Annual report on the health of the army in India
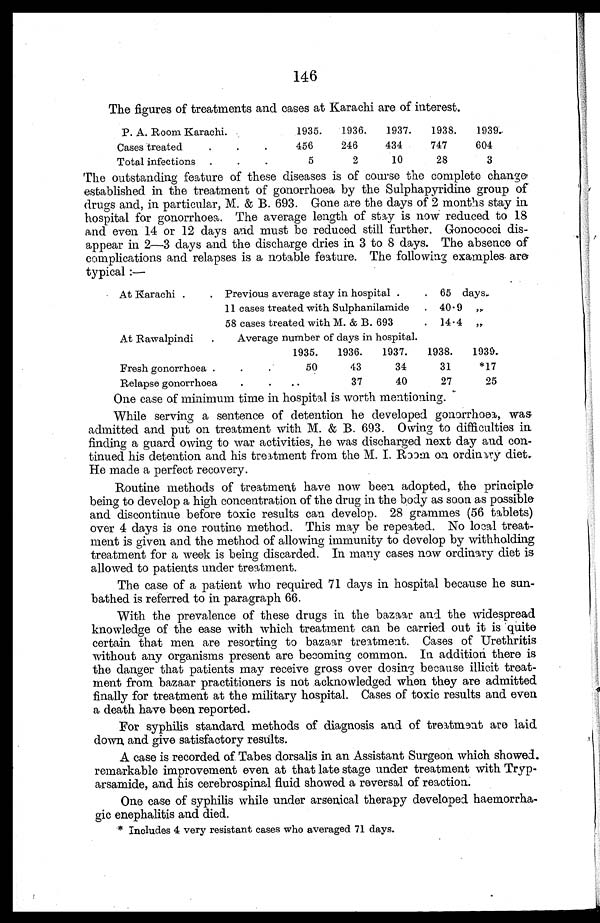
146
The figures of treatments and cases at Karachi are of interest.
P. A. Room Karachi . . .
1935.
1936.
1937.
1938.
1939.
Cases treated . . .
456
246
434
747
604
Total infections . . .
5
2
10
28
3
The outstanding feature of these diseases is of course the complete change
established in the treatment of gonorrhoea by the Sulphapyridine group of
drugs and, in particular, M. & B. 693. Gone are the days of 2 months stay in
hospital for gonorrhoea. The average length of stay is now reduced to 18
and even 14 or 12 days and must be reduced still further. Gonococci dis
-appear in 2—3 days and the discharge dries in 3 to 8 days. The absence of
complications and relapses is a notable feature. The following examples are
typical :—
At Karachi . . . Previous average stay in hospital . . . 65 days.
11 cases treated with Sulphanilamide . . . 40. 9 "
58 cases treated with M. & B. 693. . . 14.4 „
At Rawalpindi . . .
Average number of days in hospital.
1935.
1936.
1937.
1938.
1939.
Fresh gonorrhoea . . .
50
43
34
31
*17
Relapse gonorrhoea. . .
37
40
27
25
One case of minimum time in hospital is worth mentioning.
While serving a sentence of detention he developed gonorrhoea, was
admitted and put on treatment with M. & B. 693. Owing to difficulties in
finding a guard owing to war activities, he was discharged next day and con
- t i n u e d h i s d e t e n t i o n a n d h i s t r e a t m e n t f r o m t h e M . I .R
o o m
o n o r d i n a r y d i e t .
He made a perfect recovery.
Routine methods of treatment have now been adopted, the principle
being to develop a high concentration of the drug in the body as soon as possible
and discontinue before toxic results can develop. 28 grammes (56 tablets)
over 4 days is one routine method. This may be repeated. No local treat
- m e n t i s g i v e n a n d t h e m e t h o d o f a l l o w i n g i m m u n i t y t o d e v e l o p b y w i t h h o l d i n g
treatment for a week is being discarded. In many cases now ordinary diet is
allowed to patients under treatment.
The case of a patient who required 71 days in hospital because he sun
-bathed is referred to in paragraph 66.
With the prevalence of these drugs in the bazaar and the widespread
knowledge of the ease with which treatment can be carried out it is quite
certain that men are resorting to bazaar treatment. Cases of Urethritis
without any organisms present are becoming common. In addition there is
the danger that patients may receive gross over dosing because illicit treat
- m e n t f r o m b a z a a r p r a c t i t i o n e r s i s n o t a c k n o w l e d g e d w h e n t h e y a r e a d m i t t e d
finally for treatment at the military hospital. Cases of toxic results and even
a death have been reported.
For syphilis standard methods of diagnosis and of treatment are laid
down and give satisfactory results.
A case is recorded of Tabes dorsalis in an Assistant Surgeon which showed.
remarkable improvement even at that late stage under treatment with Tryp
- a r s a m i d e , a n d h i s c e r e b r o s p i n a l f l u i d s h o w e d a r e v e r s a l o f r e a c t i o n .
One case of syphilis while under arsenical therapy developed haemorrha
-gic enephalitis and died.
* Includes 4 very resistant cases who averaged 71 days.